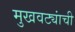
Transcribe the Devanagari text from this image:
मुखवट्यांची